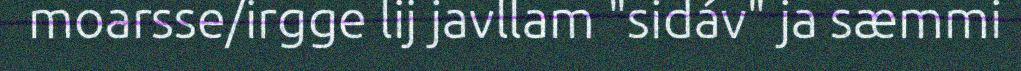
moarsse/irgge lij javllam "sidáv" ja sæmmi